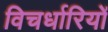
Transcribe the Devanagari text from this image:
विचर्धारियों